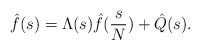
\begin{align*}\hat{f} (s) = \Lambda(s) \hat{f}(\frac{s}{N})+ \hat{Q}(s).\end{align*}